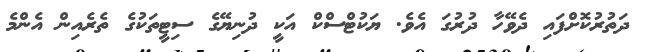
ދަތުރުކޮށްފައި ދެވޭހާ ދުރުގަ އެވެ. ޔަކުޓްސްކް އަކީ ދުނިޔޭގެ ސިޓީތަކުގެ ތެރެއިން އެންމެ